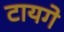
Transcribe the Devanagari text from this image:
टायगे